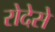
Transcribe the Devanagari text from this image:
रोदेसे